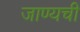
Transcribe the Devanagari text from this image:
जाण्यची